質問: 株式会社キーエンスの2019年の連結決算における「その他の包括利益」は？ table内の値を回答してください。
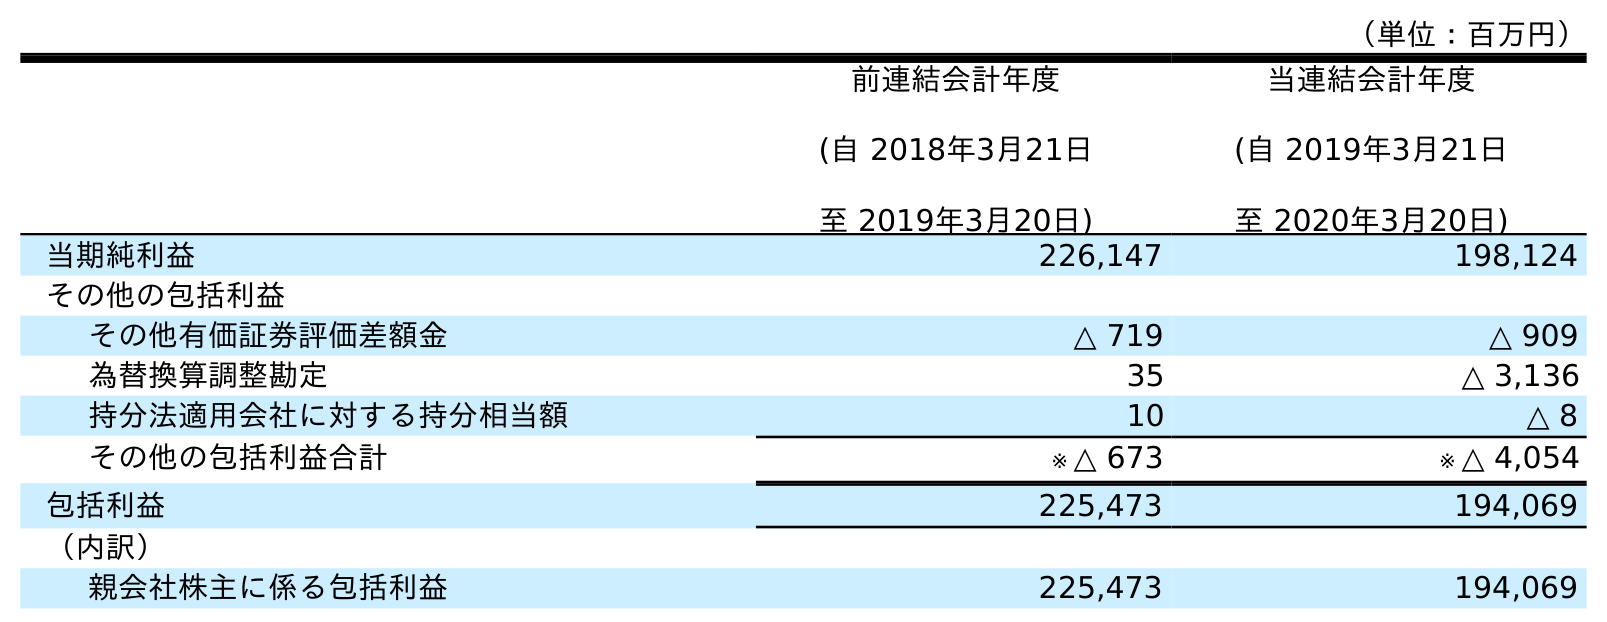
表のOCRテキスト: （単位：百万円） 前連結会計年度 (自 2018年3月21日 至 2019年3月20日) 当連結会計年度 (自 2019年3月21日 至 2020年3月20日) 当期純利益 226,147 198,124 その他の包括利益 その他有価証券評価差額金 △ 719 △ 909 為替換算調整勘定 35 △ 3,136 持分法適用会社に対する持分相当額 10 △ 8 その他の包括利益合計 ※ △ 673 ※ △ 4,054 包括利益 225,473 194,069 （内訳） 親会社株主に係る包括利益 225,473 194,069
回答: ※△673